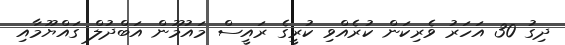
ދިގު 30 އަހަރު ވެރިކަން ކުރެއްވި ކުރީގެ ރައީސް މައުމޫން އަބްދުލް ގައްޔޫމާއި